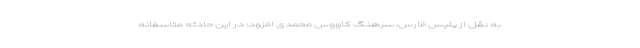
به نقل از پلیس فارس، سرهنگ کاووس محمدی افزود: در این حادثه متاسفانه